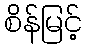
စိန်မြင့်